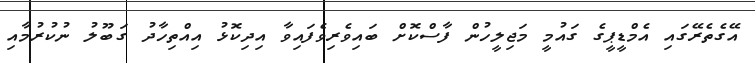
އޭގެތެރޭގައި އެމްޑީޕީގެ ގައުމީ މަޖިލީހުން ފާސްކޮށް ބައިވެރިވެފައިވާ އިދިކޮޅު އިއްތިހާދު ގަބޫލު ނުކުރުމާއި